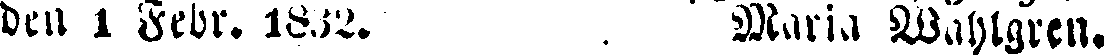
den 1 Febr. 1832. Maria Wahlgren.